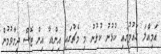
އަމިއްލަ ގައުމުގައި ކުޅުނު ކުޅުނު މި މެޗުގައި އިންޑިއާ އިން ޓޮސް ދިމާވުމުން